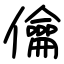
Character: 㒢